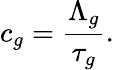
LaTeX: c_{g}={\frac{\Lambda_{g}}{\tau_{g}}}.